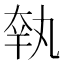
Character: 𡘺